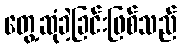
တွေ့ဆုံခဲ့ခြင်းဖြစ်သည်